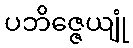
ပဘိဇ္ဇေယျုံ